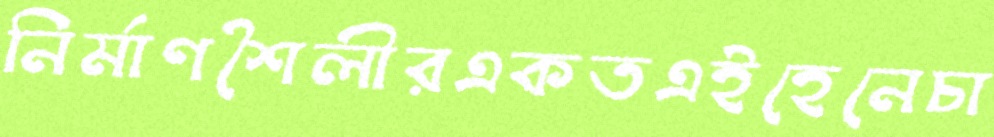
নির্মাণশৈলীরএকতএইহেনেচা